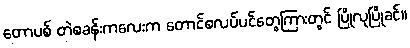
တောပစ် တဲစခန်းကလေးက တောင်စလပ်ပင်တွေကြားတွင် ပြိုလုပြိုခင်။